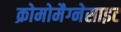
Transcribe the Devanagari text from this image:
क्रोमोमैग्‍नेसाइट